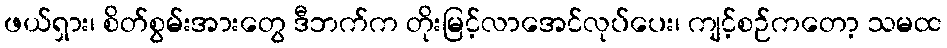
ဖယ်ရှား၊ စိတ်စွမ်းအားတွေ ဒီဘက်က တိုးမြင့်လာအေင်လုပ်ပေး၊ ကျင့်စဉ်ကတော့ သမထ